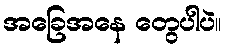
အခြေအနေ တွေပါပဲ။